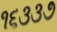
૧૬૩૩૭